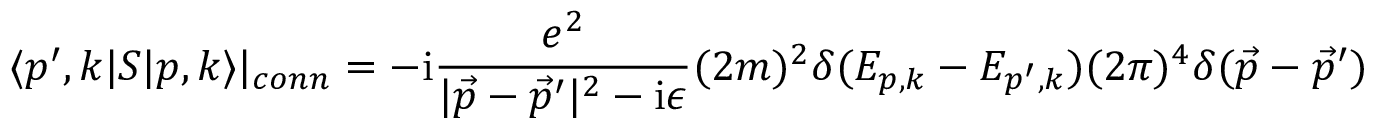
\langle p ^ { \prime } , k | S | p , k \rangle | _ { c o n n } = - \mathrm { i } { \frac { e ^ { 2 } } { | { \vec { p } } - { \vec { p } } ^ { \prime } | ^ { 2 } - \mathrm { i } \epsilon } } ( 2 m ) ^ { 2 } \delta ( E _ { p , k } - E _ { p ^ { \prime } , k } ) ( 2 \pi ) ^ { 4 } \delta ( { \vec { p } } - { \vec { p } } ^ { \prime } )